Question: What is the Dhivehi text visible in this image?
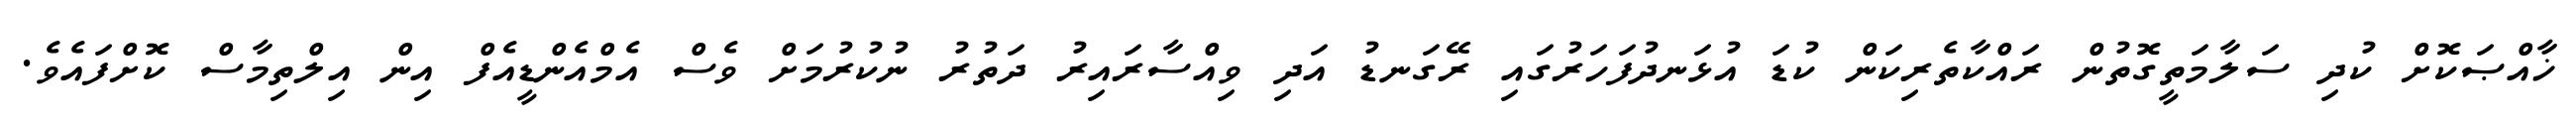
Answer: ޚާއްޞަކޮށް ކުދި ސަލާމަތީގޮތުން ރައްކާތެރިކަން ކުޑަ އުޅަނދުފަހަރުގައި ރޭގަނޑު އަދި ވިއްސާރައިރު ދަތުރު ނުކުރުމަށް ވެސް އެމްއެންޑީއެފް އިން އިލްތިމާސް ކޮށްފައެވެ.